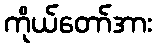
ကိုယ်တော်အား